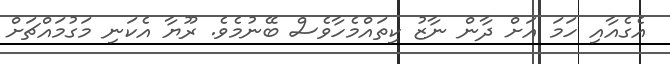
އެގެއާއި ހަމަ އަށް ދާން ނާޒު ކިތައްމެހާވެސް ބޭނުމެވެ. ރޫޔާ އެކަނި މަގުމައްޗަށް